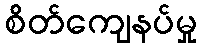
စိတ်ကျေနပ်မှု